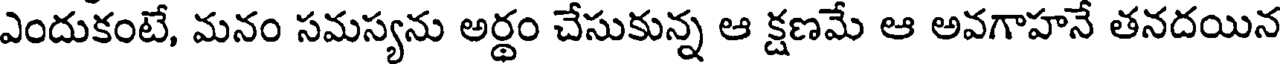
ఎందుకంటే, మనం సమస్యను అర్థం చేసుకున్న ఆ క్షణమే ఆ అవగాహనే తనదయిన